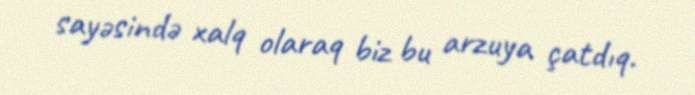
sayəsində xalq olaraq biz bu arzuya çatdıq.